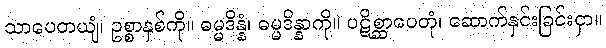
သာပေတယျံ၊ ဥစ္စာနှစ်ကို။ ဓမ္မဒိန္နံ၊ ဓမ္မဒိန္နာကို။ ပဋိစ္ဆာပေတုံ၊ ဆောက်နှင်းခြင်းငှာ။